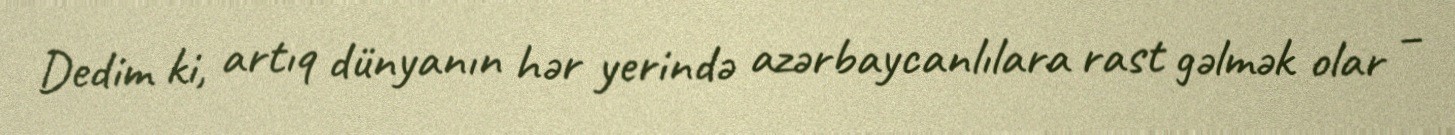
Dedim ki, artıq dünyanın hər yerində azərbaycanlılara rast gəlmək olar –